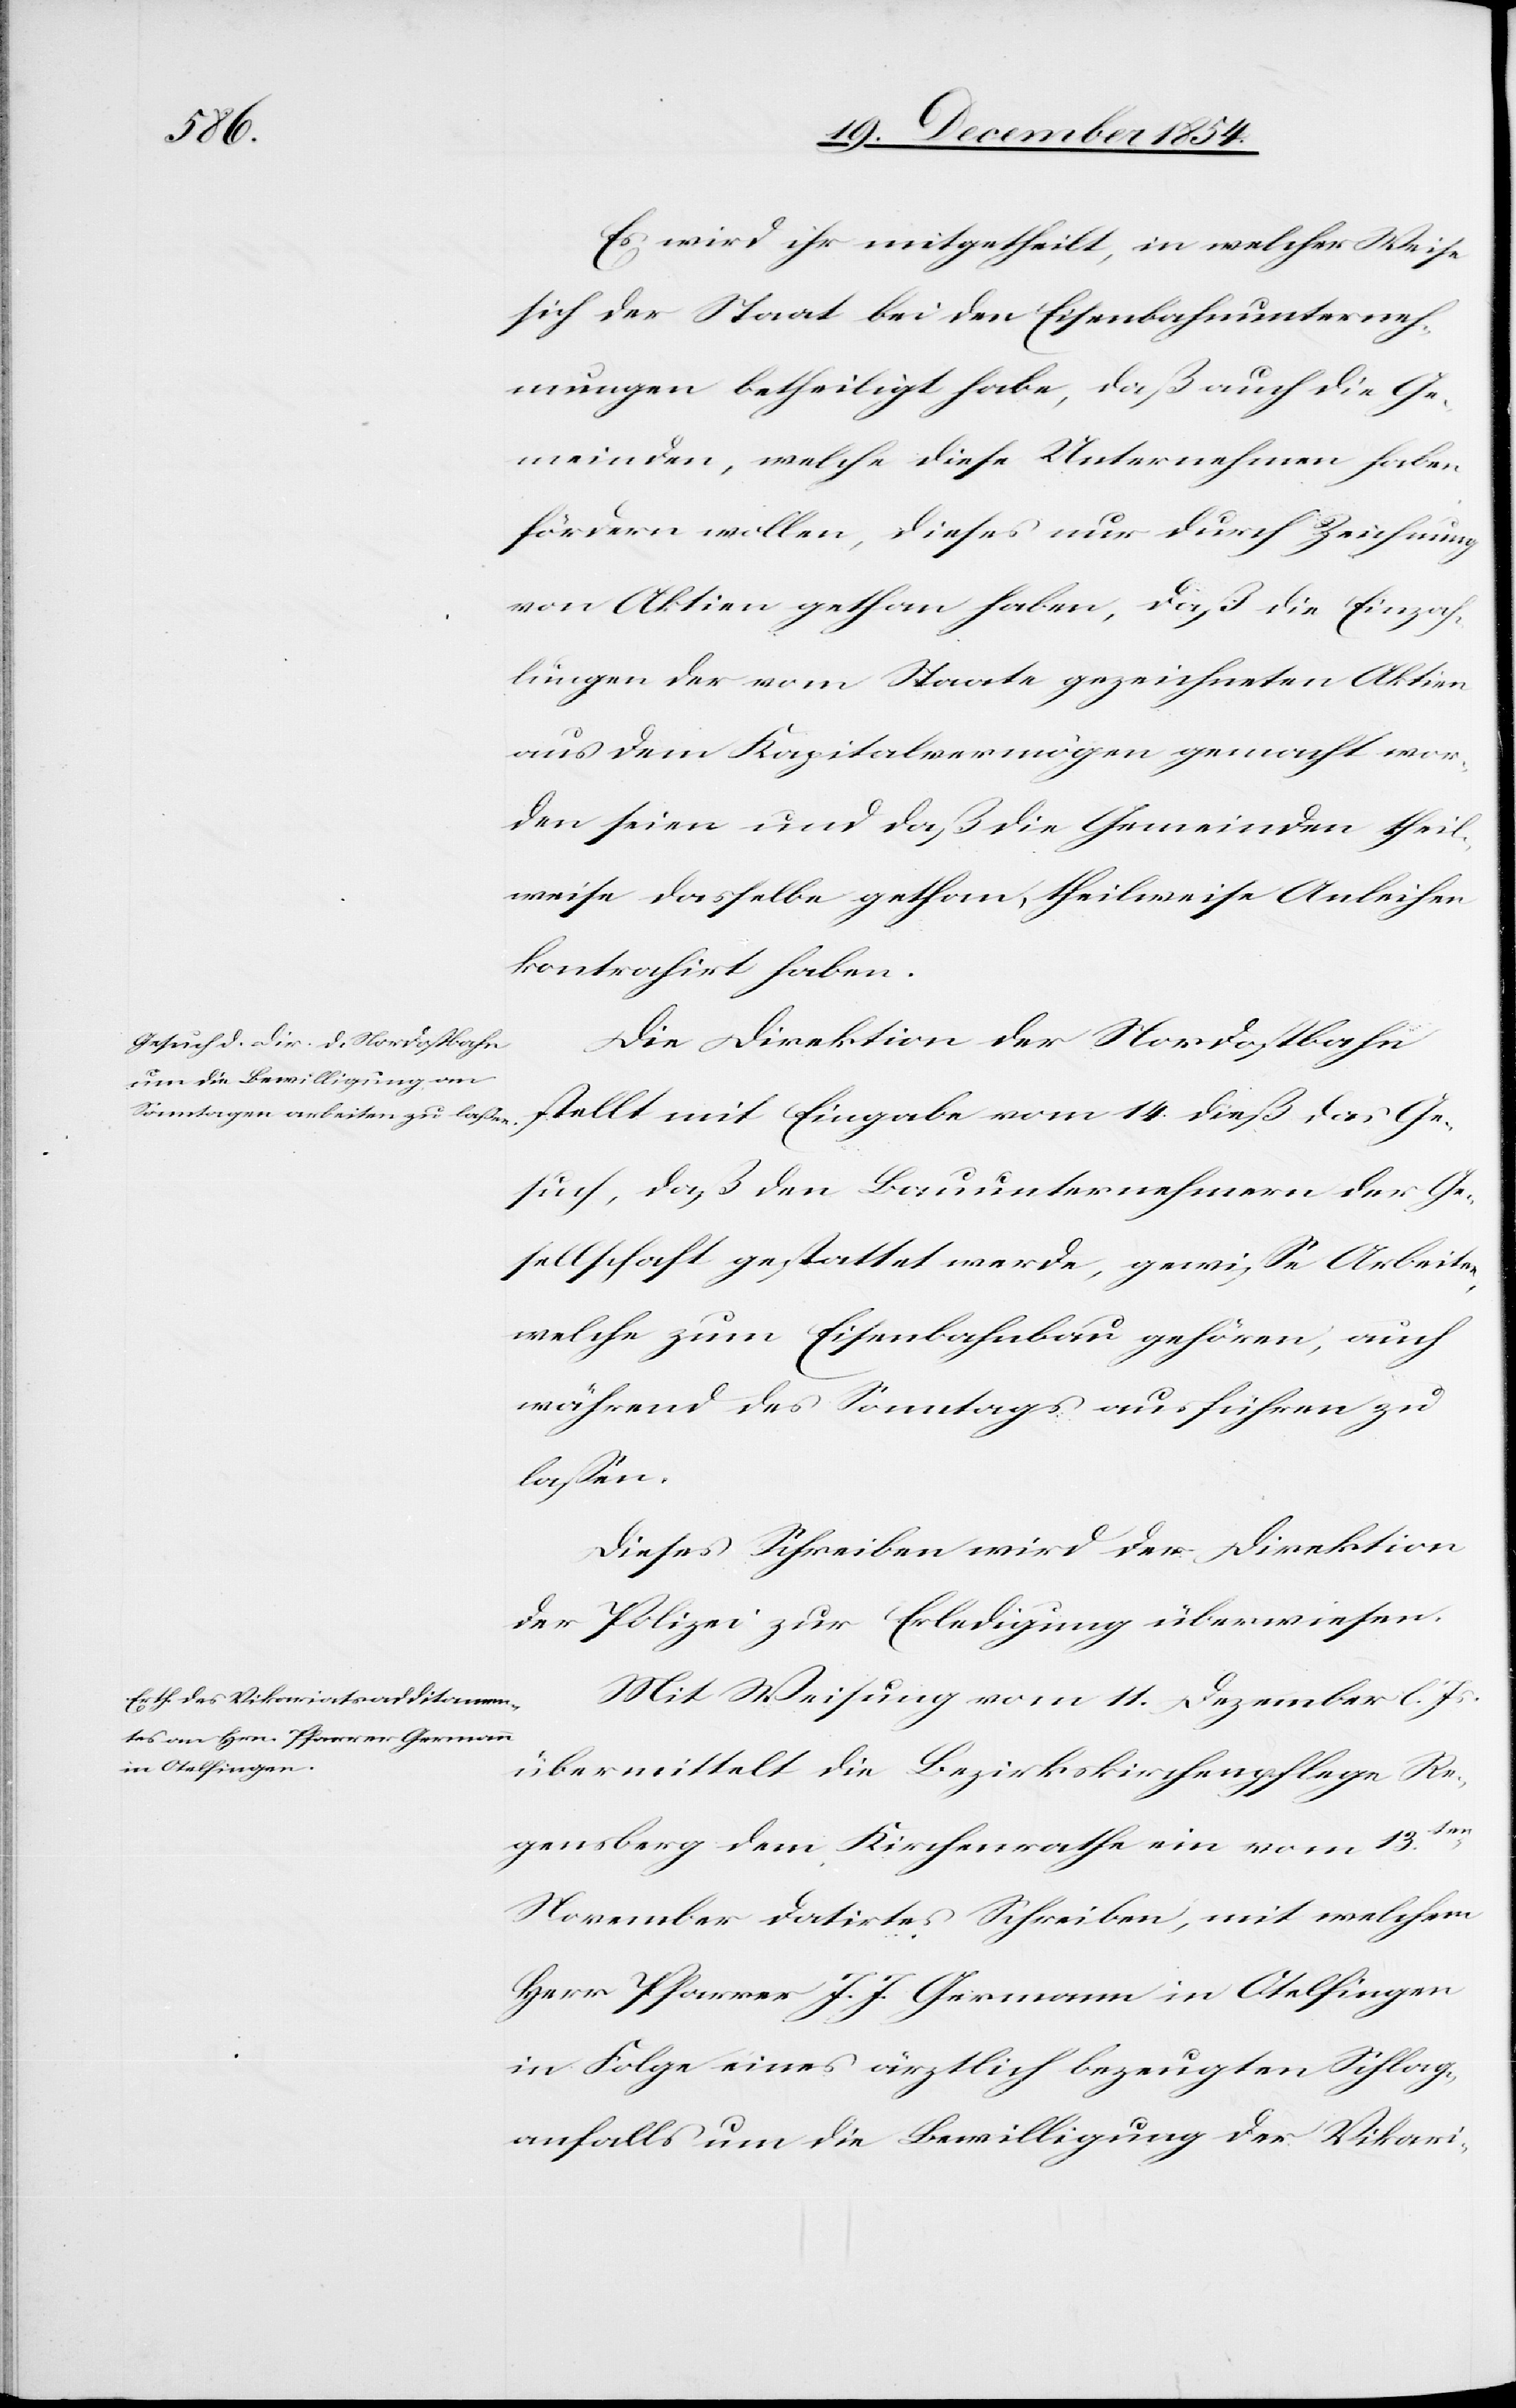
Es wird ihr mitgetheilt, in welcher Weise
sich der Staat bei den Eisenbahnunterneh¬
mungen betheiligt habe, daß auch die Ge¬
meinden, welche diese Unternehmen haben
fördern wollen, dieses nur durch Zeichnung
von Aktien gethan haben, daß die Einzah¬
lungen der vom Staate gezeichneten Aktien
aus dem Kapitalvermögen gemacht wor¬
den seien und daß die Gemeinden theil¬
weise dasselbe gethan, theilweise Anleihen
kontrahirt haben.
Die Direktion der Nordostbahn
stellt mit Eingabe vom 14. dieß das Ge¬
such, daß den Bauunternehmern der Ge¬
sellschaft gestattet werde, gewiße Arbeiten,
welche zum Eisenbahnbau gehören, auch
während des Sonntags ausführen zu
laßen.
Dieses Schreiben wird der Direktion
der
Polizei zur Erledigung überwiesen.
Mit Weisung vom 11. Dezember l. Js.
übermittelt die Bezirkskirchenpflege Re¬
gensberg dem Kirchenrathe ein vom 13ten
November datirtes Schreiben, mit welchem
Herr Pfarrer J. J. Germann in Otelfingen
in Folge eines ärztlich bezeugten Schlag¬
anfalls um die Bewilligung der Vikari-